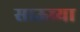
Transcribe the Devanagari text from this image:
साऊच्या